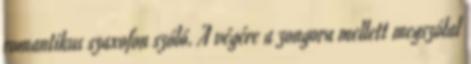
romantikus szaxofon szóló. A végére a zongora mellett megszólal